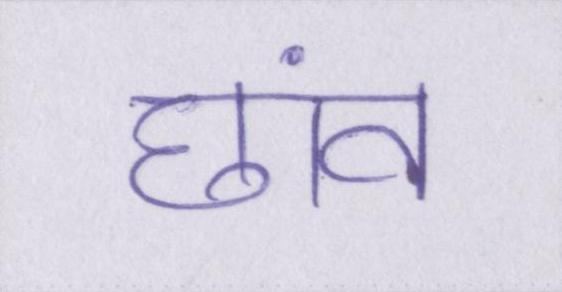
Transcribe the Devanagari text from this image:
छांव